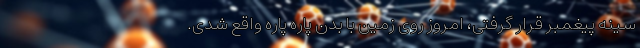
سینه پیغمبر قرار گرفتی، امروز روی زمین با بدن پاره پاره واقع شدی.